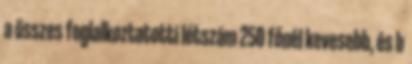
a összes foglalkoztatotti létszám 250 főnél kevesebb, és b